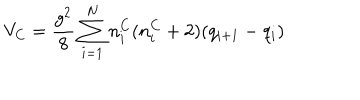
V _ { C } = \frac { g ^ { 2 } } { 8 } \sum _ { i = 1 } ^ { N } n _ { i } ^ { C } ( n _ { i } ^ { C } + 2 ) ( q _ { i + 1 } - q _ { i } )